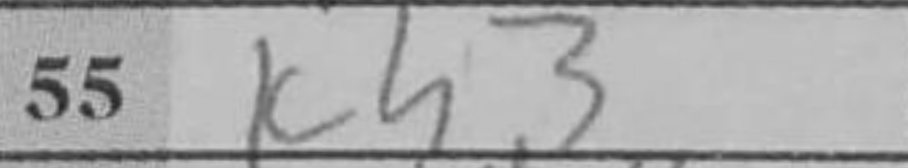
Transcription: Kh3